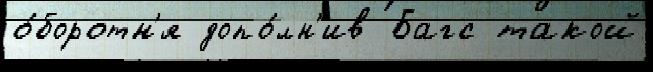
о́боротн'я допо́лн'ив Багс такой